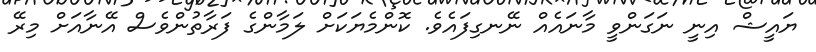
ޔައީޝް އިނީ ނަގަންވީ މާނައެއް ނޭނގިފައެވެ. ކޮންމެޔަކަށް ލަމާންގެ ފަރާތުންވެސް އޭނާއަށް މިރޭ